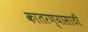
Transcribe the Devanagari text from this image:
कातरण्यासाठी